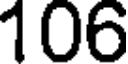
106